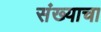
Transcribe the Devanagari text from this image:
संख्याचा